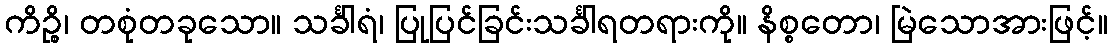
ကိဉ္စိ၊ တစုံတခုသော။ သင်္ခါရံ၊ ပြုပြင်ခြင်းသင်္ခါရတရားကို။ နိစ္စတော၊ မြဲသောအားဖြင့်။